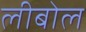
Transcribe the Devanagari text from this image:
लीबोल